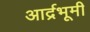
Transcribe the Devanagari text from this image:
आर्द्रभूमी